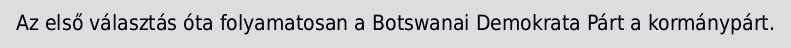
Az első választás óta folyamatosan a Botswanai Demokrata Párt a kormánypárt.